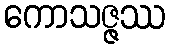
ကောသဇ္ဇဿ